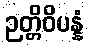
ဉတ္တိဝိပန္နံ